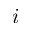
i